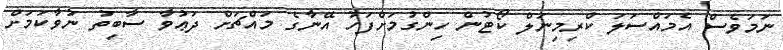
ނަމަވެސް އެމައްސަލަ ކްރިމިނަލް ކޯޓުން ހިންގުމަށްފަހު އޭނާގެ މައްޗަށް ދަޢުވާ ސާބިތު ނުވާކަމަށް